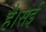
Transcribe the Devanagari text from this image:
है।सई